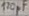
Text: 120µF